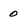
Character: 0